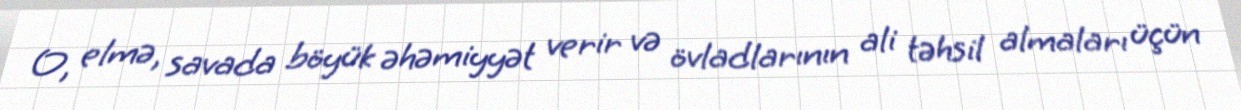
O, elmə, savada böyük əhəmiyyət verir və övladlarının ali təhsil almaları üçün